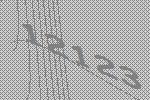
12123